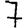
Digit: 7